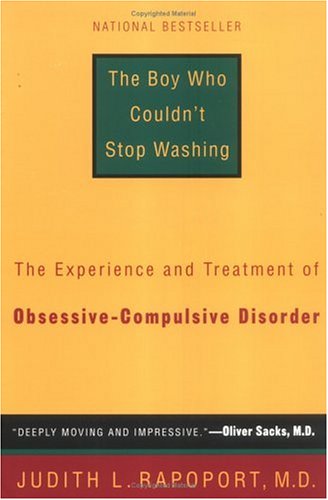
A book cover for The Boy Who Couldn't Stop Washing: The Experience and Treatment of Obsessive-Compulsive Disorder; Judith L. Rapoport; Health, Fitness & Dieting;